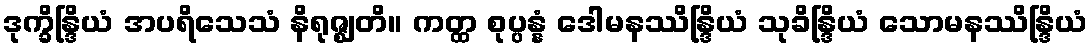
ဒုက္ခိန္ဒြိယံ အပရိသေသံ နိရုဇ္ဈတိ။ ကတ္ထ စုပ္ပန္နံ ဒေါမနဿိန္ဒြိယံ သုခိန္ဒြိယံ သောမနဿိန္ဒြိယံ